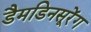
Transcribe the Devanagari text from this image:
डैमडिनसूरेंग